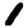
Digit: 1